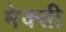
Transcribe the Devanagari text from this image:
मेक्सी